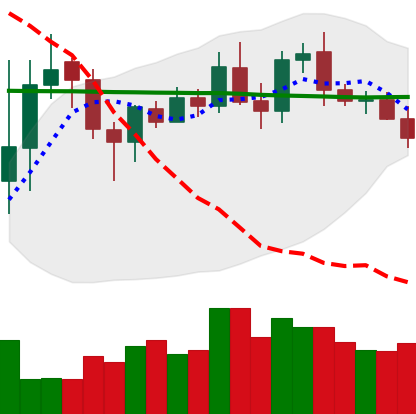
Ticker: DOGE-USD
Chart end date: 2020-01-23
Forward return: 8.025%
Label: up_7plus